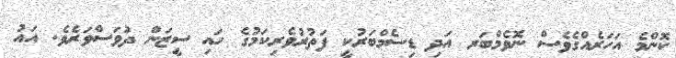
ކޮންމެ އަހަރެއްގެވެސް ނޮވެމްބަރ އަދި ޑިސެމްބަރުކީ ފަތުރުވެރިކަމުގެ ހައި ސީޒަން ދުވަސްވަރެވެ. އައު